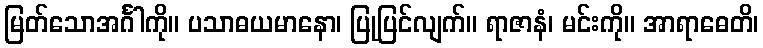
မြတ်သောအင်္ဂါကို။ ပသာဓယမာနော၊ ပြုပြင်လျက်။ ရာဇာနံ၊ မင်းကို။ အာရာဓေတိ၊